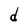
Character: d